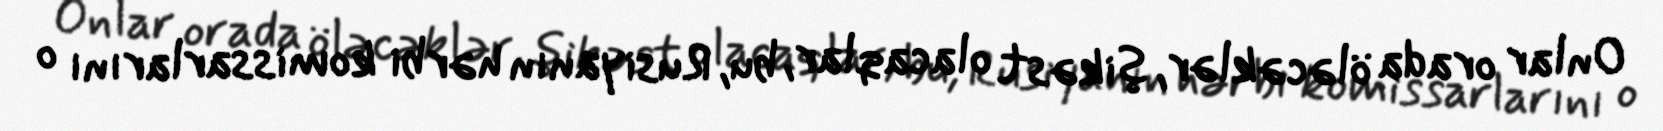
Onlar orada öləcəklər, şikəst olacaqlar, bu, Rusiyanın hərbi komissarlarını o